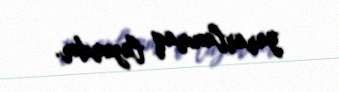
yararlanmaq lazımdır.